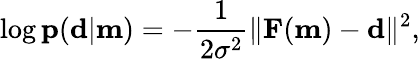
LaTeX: \log\mathbf{p}(\mathbf{d}|\mathbf{m})=-\frac{1}{2\sigma^{2}}\| \mathbf{F}(\mathbf{m})-\mathbf{d}\| ^{2},